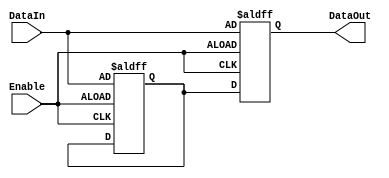
module Disable (
    input wire Enable,          // Control signal to enable or disable the block
    input wire [N-1:0] DataIn, // Example input data (size N can be defined)
    output reg [N-1:0] DataOut // Example output data (size N can be defined)
);
    parameter N = 8; // Define the width of the data signals (can be modified)

    // Internal register to hold the last valid output value
    reg [N-1:0] last_valid_output;

    always @(posedge Enable or negedge Enable) begin
        if (Enable) begin
            // When enabled, update the output with the input data
            DataOut <= DataIn;
            last_valid_output <= DataIn; // Store the last valid output
        end else begin
            // When disabled, hold the last valid output
            DataOut <= last_valid_output; // Maintain the last valid output
        end
    end

endmodule